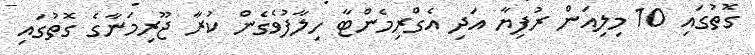
ގޮތުގައި 10 މިލިއަން ރުފިޔާ އަދި އެގްރިމެންޓާ ހިލާފުވެގެން ކުރާ ޖޫރިމަނާގެ ގޮތުގައި